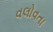
વલોવતા